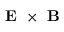
\textbf { E } \times \textbf { B }